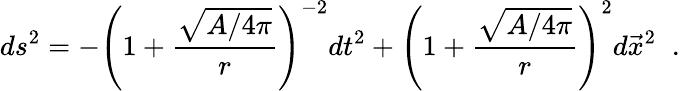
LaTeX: ds^{2}=-\left(1+{\frac{\sqrt{A/4\pi}}{r}}\right)^{-2}dt^{2}+\left(1+{\frac{\sqrt{A/4\pi}}{r}}\right)^{2}d\vec{x}^{2}\; \; .